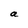
Character: a